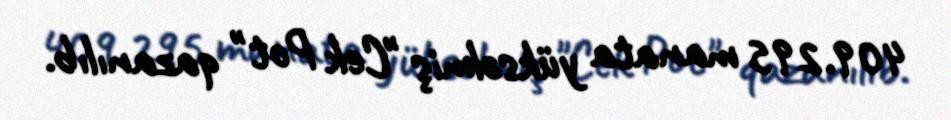
409.295 manata yüksəlmiş "Cek Pot" qazanılıb.